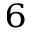
_ 6